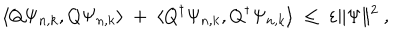
\langle Q \Psi _ { n , k } , Q \Psi _ { n , k } \rangle \; + \; \langle Q ^ { \dagger } \Psi _ { n , k } , Q ^ { \dagger } \Psi _ { n , k } \rangle \; \leq \; \varepsilon \Vert \Psi \Vert ^ { 2 } \ ,